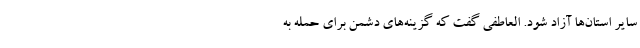
سایر استان‌ها آزاد شود. العاطفی گفت که گزینه‌های دشمن برای حمله به